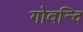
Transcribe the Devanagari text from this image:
गोवन्दि